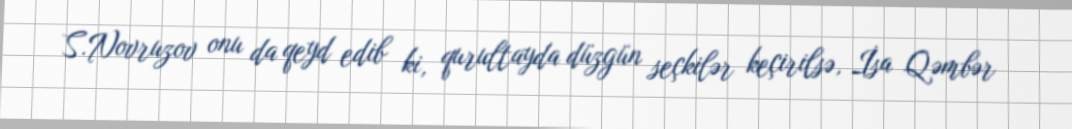
S.Novruzov onu da qeyd edib ki, qurultayda düzgün seçkilər keçirilsə, İsa Qəmbər